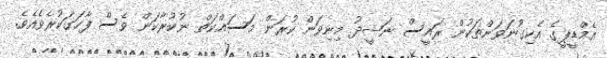
އެމްޑީޕީގެ އެކިގުނަވަންތަކުން ރައީސް ނަޝީދު މިނިވަން ކުރަން މަސައްކަތް ނުކުރާކަން ވެސް ފާހަގަކުރެވެއެވެ.